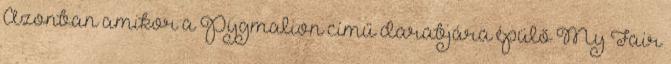
Azonban amikor a Pygmalion című darabjára épülő My Fair